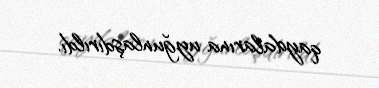
qaydalarına uyğunlaşdırıldı.